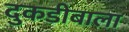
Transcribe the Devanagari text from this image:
दुकडीबाला